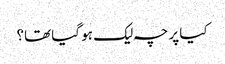
کیا پرچہ لیک ہو گیا تھا؟